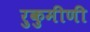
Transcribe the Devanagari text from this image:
रुकुमीणी